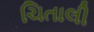
ચિતાલી